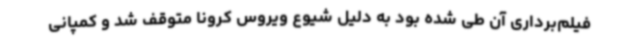
فیلم‌برداری آن طی شده بود به دلیل شیوع ویروس کرونا متوقف شد و کمپانی